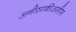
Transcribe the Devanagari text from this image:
अनीसाकीअसीस